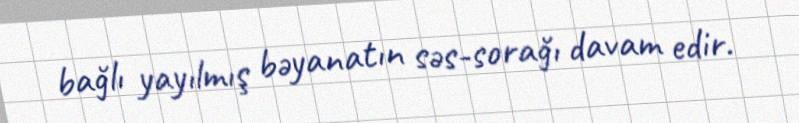
bağlı yayılmış bəyanatın səs-sorağı davam edir.